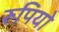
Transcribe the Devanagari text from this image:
रुपियो